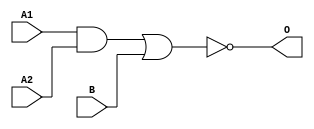
module MJD21A(A1, A2, B, O);
input   A1;
input   A2;
input   B;
output  O;
and g0(w0, A1, A2);
nor g1(O, w0, B);
endmodule